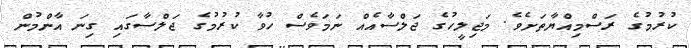
ކުރުމުގެ ރަސްމިއްޔާތަށެވެ. މަޖިލީހުގެ ޖަލްސާއެއް ނަމަވެސް ހުވާ ކުރުމުގެ ޖަލްސާގައި ގިނަ އާންމުން